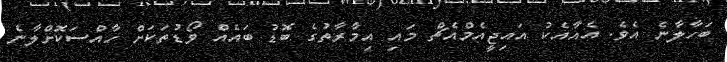
ބަހާލާނެ އެވެ. އެއާއެކު އައިޖީއެމްއެޗް މައި އިމާރާތުގެ ބޮޑު ބައެއް ވޯޑުތަކަށް ހާއްސަކޮށްލާނެ